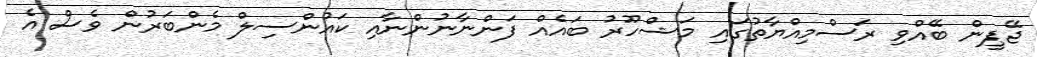
ޖޭޕީން ބޭއްވި ރަސްމިއްޔާތުގައި މަޝްހޫރު ބައެއް ފަންނާނުންނާއި ކައުންސިލް މެންބަރުން ވެސް އެ